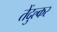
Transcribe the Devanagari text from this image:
तेंदुल्कर